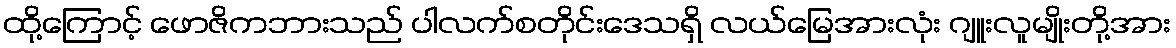
ထို့ကြောင့် ဖောဇိကဘားသည် ပါလက်စတိုင်းဒေသရှိ လယ်မြေအားလုံး ဂျူးလူမျိုးတို့အား